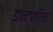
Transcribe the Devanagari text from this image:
डाल्टपारिन